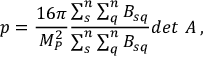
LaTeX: p = \frac { 1 6 \pi } { M _ { P } ^ { 2 } } \frac { \sum _ { s } ^ { n } \sum _ { q } ^ { n } B _ { s q } } { \sum _ { s } ^ { n } \sum _ { q } ^ { n } B _ { s q } } { d e t ~ A } \, ,